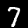
Digit: 7